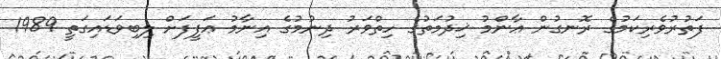
ފަތުރުވެރިކަމުގެ ރޮނގުން ޢާންމު ޚިދުމަތުގެ ހިތްވަރު ދިނުމުގެ އިނާމު ޢަފީފަށް ލިބިވަޑައިގަތީ 1989